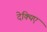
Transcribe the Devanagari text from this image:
देक्यिए